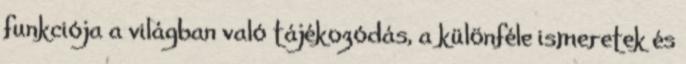
funkciója a világban való tájékozódás, a különféle ismeretek és